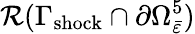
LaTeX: \mathcal{R}(\Gamma_{\mathrm{shock}}\cap\partial\Omega_{\bar{\varepsilon}}^{5})